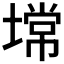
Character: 𰊠